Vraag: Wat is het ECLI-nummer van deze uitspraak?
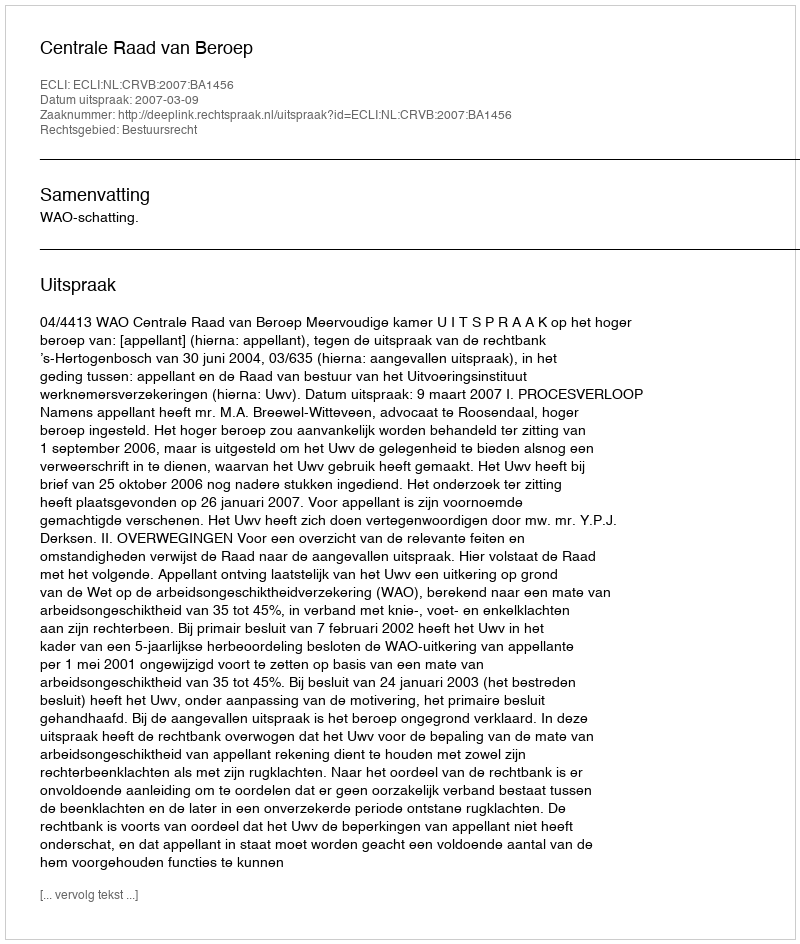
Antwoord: ECLI:NL:CRVB:2007:BA1456